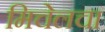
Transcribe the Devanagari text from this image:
मिचेलचा